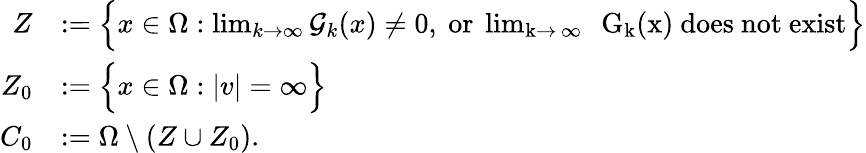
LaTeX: \begin{array}{rl}{Z}&{:=\Big\{ x\in\Omega:\operatorname*{lim}_{k\to\infty}\mathcal G_{k}(x)\neq 0,\mathrm{~or~\operatorname*{lim}_{k\to~\infty}~\mathcal~G_k(x)~does~not~exist}\Big\} }\\ {Z_{0}}&{:=\Big\{ x\in\Omega:|v|=\infty\Big\} }\\ {C_{0}}&{:=\Omega\setminus(Z\cup Z_{0}).}\end{array}